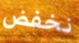
نخفض